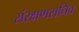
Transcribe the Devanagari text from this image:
संरक्षणसचिव